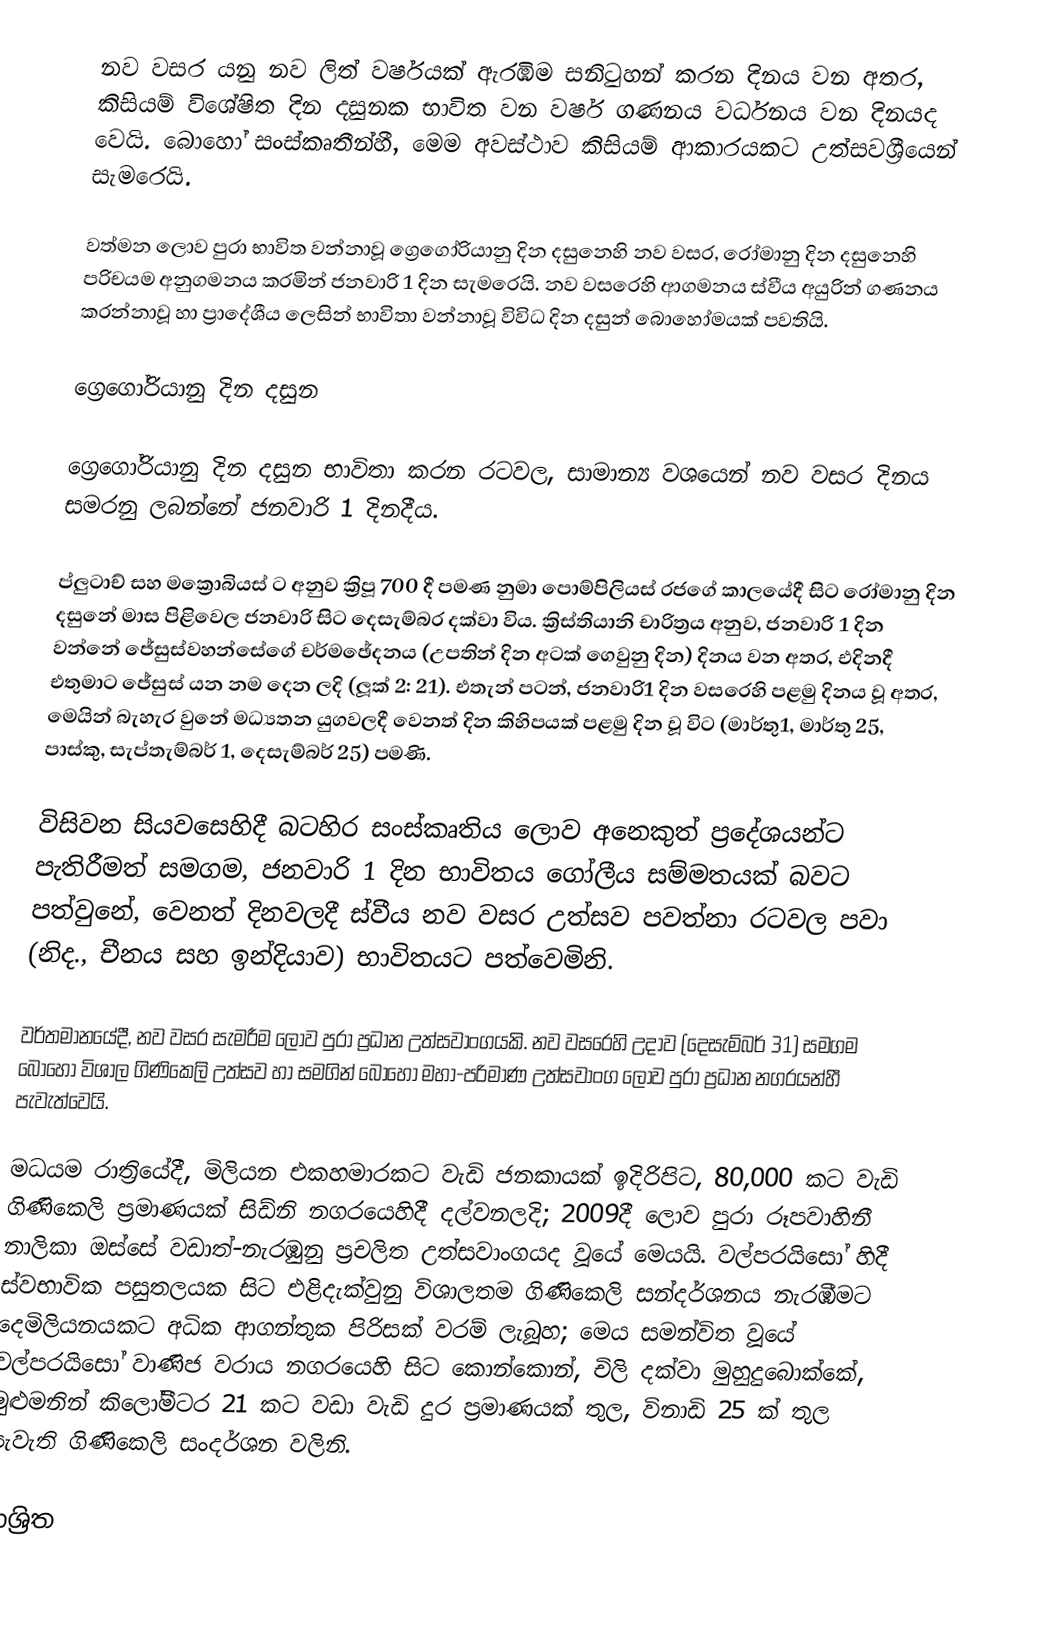
නව වසර යනු නව  ලිත් වර්ෂයක් ඇරඹීම සනිටුහන් කරන දිනය වන අතර, කිසියම් විශේෂිත දින දසුනක භාවිත වන වර්ෂ ගණනය වර්ධනය වන දිනයද වෙයි. බොහෝ  සංස්කෘතීන්හී, මෙම අවස්ථාව කිසියම් ආකාරයකට උත්සවශ්‍රීයෙන් සැමරෙයි.

වත්මන ලොව පුරා භාවිත වන්නාවූ ග්‍රෙගෝරියානු දින දසුනෙහි නව වසර, රෝමානු දින දසුනෙහි පරිචයම අනුගමනය කරමින් ජනවාරි 1 දින සැමරෙයි. නව වසරෙහි ආගමනය ස්වීය අයුරින් ගණනය කරන්නාවූ හා ප්‍රාදේශීය ලෙසින් භාවිතා වන්නාවූ විවිධ දින දසුන් බොහෝමයක් පවතියි.

ග්‍රෙගෝරියානු දින දසුන

ග්‍රෙගෝරියානු දින දසුන භාවිතා කරන රටවල, සාමාන්‍ය වශයෙන් නව වසර දිනය සමරනු ලබන්නේ ජනවාරි 1 දිනදීය.

ප්ලුටාච් සහ මක්‍රොබියස් ට අනුව ක්‍රිපූ 700 දී පමණ නුමා පොම්පිලියස් රජගේ කාලයේදී සිට රෝමානු දින දසුනේ මාස පිළිවෙල ජනවාරි සිට දෙසැම්බර දක්වා විය. ක්‍රිස්තියානි චාරිත්‍රය අනුව, ජනවාරි 1 දින වන්නේ ජේසුස්වහන්සේගේ චර්මඡේදනය (උපතින් දින අටක් ගෙවුනු දින) දිනය වන අතර, එදිනදී එතුමාට ජේසුස් යන නම දෙන ලදි (ලූක් 2: 21). එතැන් පටන්, ජනවාරි1 දින වසරෙහි පළමු දිනය වූ අතර, මෙයින් බැහැර වුනේ මධ්‍යතන යුගවලදී වෙනත් දින කිහිපයක් පළමු දින වූ විට (මාර්තු1, මාර්තු 25, පාස්කු, සැප්තැම්බර් 1, දෙසැම්බර් 25) පමණි.

විසිවන සියවසෙහිදී බටහිර සංස්කෘතිය ලොව අනෙකුත් ප්‍රදේශයන්ට පැතිරීමත් සමගම, ජනවාරි 1 දින භාවිතය ගෝලීය සම්මතයක් බවට පත්වුනේ, වෙනත් දිනවලදී ස්වීය නව වසර උත්සව පවත්නා රටවල පවා (නිද., චීනය සහ ඉන්දියාව) භාවිතයට පත්වෙමිනි.

වර්තමානයේදී, නව වසර සැමරීම ලොව පුරා ප්‍රධාන උත්සවාංගයකි. නව වසරෙහි උදාව (දෙසැම්බර් 31) සමගම බොහෝ විශාල ගිණිකෙලි උත්සව හා සමගින් බොහෝ මහා-පරිමාණ  උත්සවාංග ලොව පුරා ප්‍රධාන නගරයන්හී පැවැත්වෙයි.

මධයම රාත්‍රියේදී, මිලියන එකහමාරකට වැඩි ජනකායක් ඉදිරිපිට,  80,000 කට වැඩි  ගිණිකෙලි ප්‍රමාණයක් සිඩ්නි නගරයෙහිදී දල්වනලදි; 2009දී ලොව පුරා ‍රූපවාහිනී නාලිකා ඔස්සේ වඩාත්-නැරඹුනු ප්‍රචලිත උත්සවාංගයද වූයේ මෙයයි. වල්පරයිසෝ හිදී ස්වභාවික පසුතලයක සිට එළිදැක්වුනු විශාලතම ගිණිකෙලි සන්දර්ශනය නැරඹීමට දෙමිලියනයකට අධික ආගන්තුක පිරිසක් වරම් ලැබූහ; මෙය සමන්විත වූයේ  වල්පරයිසෝ වාණිජ වරාය නගරයෙහි  සිට  කොන්කොන්, චිලි දක්වා මුහුදුබොක්කේ, මුළුමනින් කිලෝමීටර 21 කට වඩා වැඩි දුර ප්‍රමාණයක් තුල, විනාඩි 25 ක් තුල පැවැති ගිණිකෙලි සංදර්ශන වලිනි.

ආශ්‍රිත